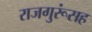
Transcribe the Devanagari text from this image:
राजगुरूंसह